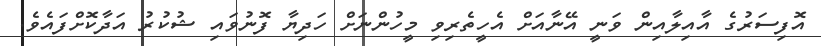
އޮފިސަރުގެ އާއިލާއިން ވަނީ އޭނާއަށް އެހީތެރިވި މީހުންނަށް ހަދިޔާ ފޮނުވައި ޝުކުރު އަދާކޮށްފައެވެ.